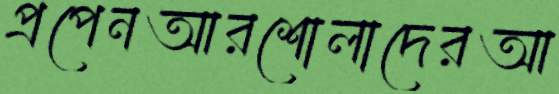
প্রপেনআরশোলাদেরআ